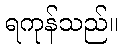
ရကုန်သည်။